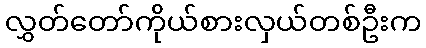
လွှတ်တော်ကိုယ်စားလှယ်တစ်ဦးက